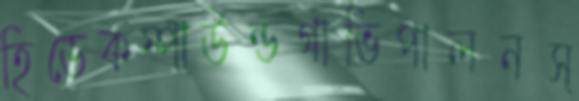
হিডেকম্পাউন্ডগাভিপালনস্